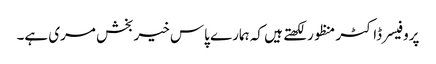
پروفیسر ڈاکٹر منظور لکھتے ہیں کہ ہمارے پاس خیربخش مری ہے۔